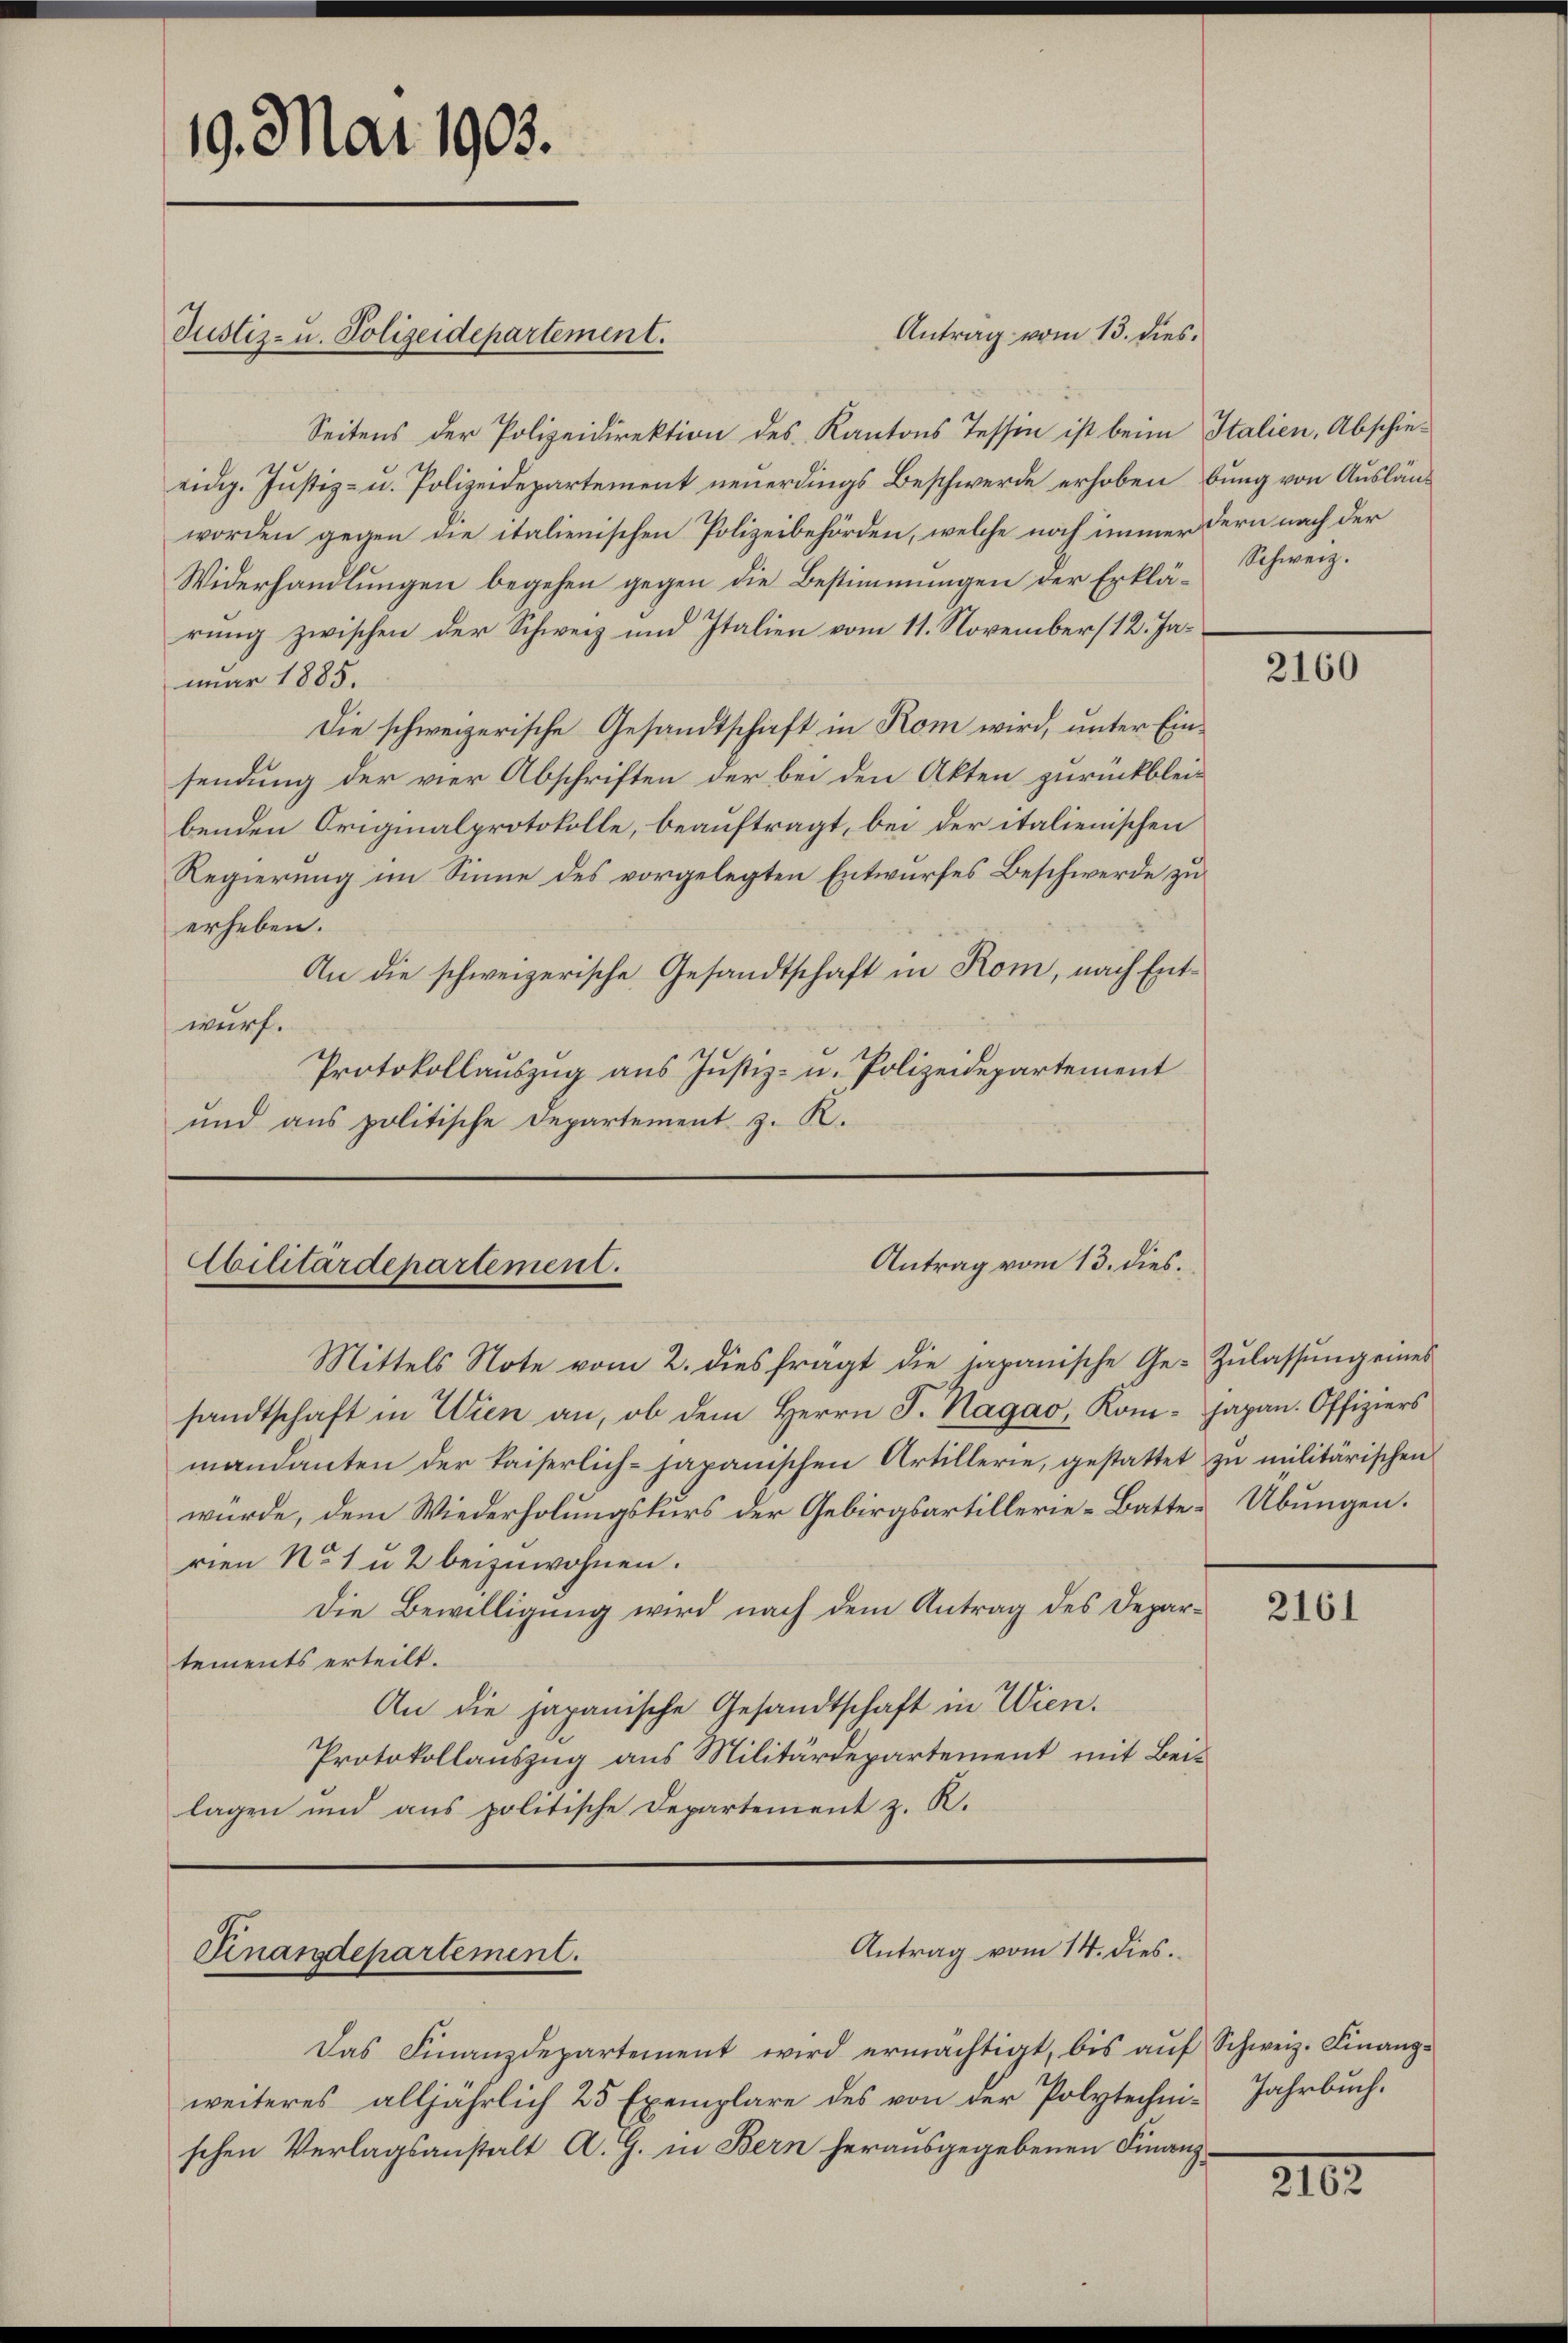
19. Mai 1903.

Justiz- u. Polizeidepartement.

Seitens der Polizeidirektion des Kantons Tessin ist beim Italien, Abschieeidg. Justiz- u. Polizeidepartement neuerdings Beschwerde erhoben bung von Auslänworden gegen die italienischen Polizeibehörden, welche noch immer dern nach der
Widerhandlungen begehen gegen die Bestimmungen der Erklärung zwischen der Schweiz und Italien vom 11. November (12. Janr 1885.
Die schweizerische Gesandtschaft in Rom wird, unter Einsendung der vier Abschriften der bei den Akten zurückbleibenden Originalprotokolle, beauftragt, bei der italienischen
Regierung im Sinne des vorgelegten Entwurfes Beschwerde zu
erheben.
An die schweizerische Gesandtschaft in Rom, nach Entwurf.
Protokollauszug aus Justiz- u. Polizeidepartement
und aus politische Departement z. K.

Antrag vom 13. dies

Antrag vom 13. dies
Abilitärdepartement.

Mittels Note vom 2. dies fragt die japanische Ge- Zŭlassŭng eines
sandtschaft in Wien an, ob dem Herrn J. Hagao, Kom- Japan. Offiziers
mandanten der kaiserlich-japanischen Artillerie, gestattet zu militärischen
würde, dem Wiederholungskurs der Gebirgsartillerie-Batte Übungen.
rien No 1 u 2 beizuwohnen.
Die Bewilligung wird nach dem Antrag des Departements erteilt.
An die japanische Gesandtschaft in Wien.
Protokollauszug aus Militärdepartement mit Beilagen und aus politische Departement z. R.

Finandepartement.

Antrag vom 14. dies.

Das Finanzdepartement wird ermächtigt, bis auf Schweiz. Finanzweiteres alljährlich 25 Exemplare des von der Polytechni-Jahrbuch.
schen Verlagsanstalt A. G. in Bern herausgegebenen Finanz¬

Schweiz.

2160

2161

2102.